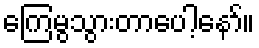
ကြေမွသွားတာပေါ့နော်။